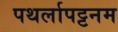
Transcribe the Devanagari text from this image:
पथर्लापट्टनम